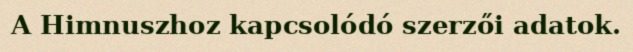
A Himnuszhoz kapcsolódó szerzői adatok.